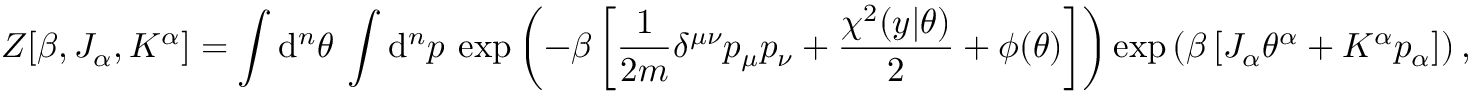
Z [ \beta , J _ { \alpha } , K ^ { \alpha } ] = \int \mathrm { d } ^ { n } \theta \: \int \mathrm { d } ^ { n } p \: \exp \left( - \beta \left[ \frac { 1 } { 2 m } \delta ^ { \mu \nu } p _ { \mu } p _ { \nu } + \frac { \chi ^ { 2 } ( y | \theta ) } { 2 } + \phi ( \theta ) \right] \right) \exp \left( \beta \left[ J _ { \alpha } \theta ^ { \alpha } + K ^ { \alpha } p _ { \alpha } \right] \right) ,